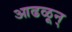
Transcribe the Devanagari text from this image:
आढळून्